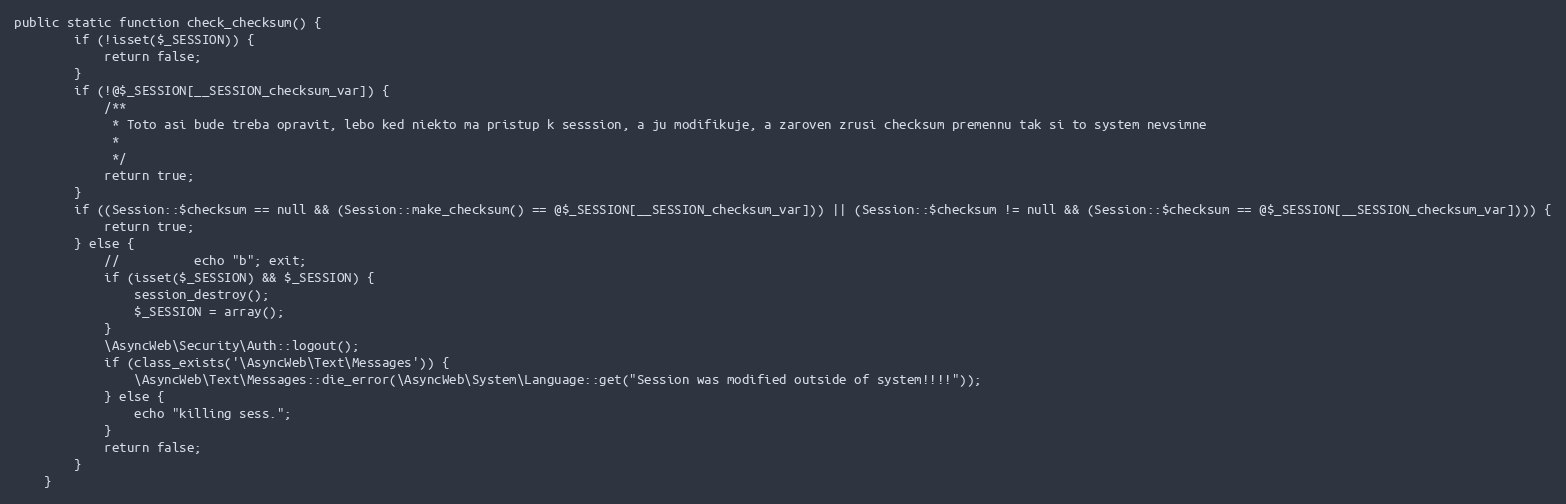
Language: PHP
public static function check_checksum() {
        if (!isset($_SESSION)) {
            return false;
        }
        if (!@$_SESSION[__SESSION_checksum_var]) {
            /**
             * Toto asi bude treba opravit, lebo ked niekto ma pristup k sesssion, a ju modifikuje, a zaroven zrusi checksum premennu tak si to system nevsimne
             *
             */
            return true;
        }
        if ((Session::$checksum == null && (Session::make_checksum() == @$_SESSION[__SESSION_checksum_var])) || (Session::$checksum != null && (Session::$checksum == @$_SESSION[__SESSION_checksum_var]))) {
            return true;
        } else {
            //  		echo "b"; exit;
            if (isset($_SESSION) && $_SESSION) {
                session_destroy();
                $_SESSION = array();
            }
            \AsyncWeb\Security\Auth::logout();
            if (class_exists('\AsyncWeb\Text\Messages')) {
                \AsyncWeb\Text\Messages::die_error(\AsyncWeb\System\Language::get("Session was modified outside of system!!!!"));
            } else {
                echo "killing sess.";
            }
            return false;
        }
    }